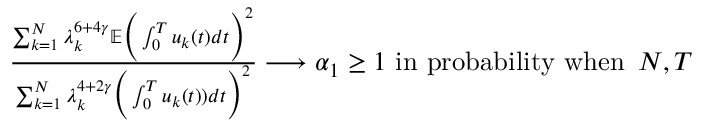
\begin{array} { r } { \frac { \sum _ { k = 1 } ^ { N } \lambda _ { k } ^ { 6 + 4 \gamma } \mathbb E \Big ( \int _ { 0 } ^ { T } u _ { k } ( t ) d t \Big ) ^ { 2 } } { \sum _ { k = 1 } ^ { N } \lambda _ { k } ^ { 4 + 2 \gamma } \Big ( \int _ { 0 } ^ { T } u _ { k } ( t ) ) d t \Big ) ^ { 2 } } \longrightarrow \alpha _ { 1 } \ge 1 \mathrm { ~ i n ~ p r o b a b i l i t y ~ w h e n ~ } \, N , T } \end{array}